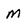
Character: M